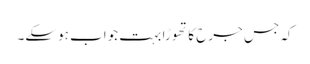
کہ جس جرح کا تھوڑا بہت جواب ہوسکے۔